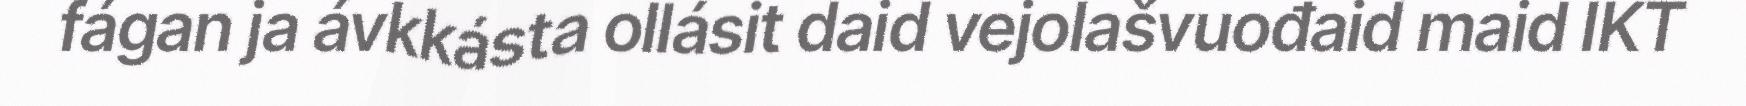
fágan ja ávkkásta ollásit daid vejolašvuođaid maid IKT